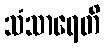
သံသာရေတိ